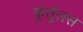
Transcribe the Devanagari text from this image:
कुर्तुलस